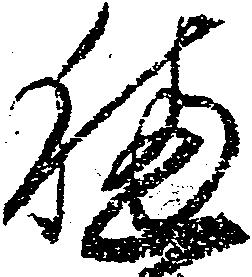
穂